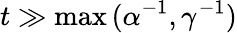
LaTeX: t\gg\operatorname*{max}{(\alpha^{-1},\gamma^{-1})}